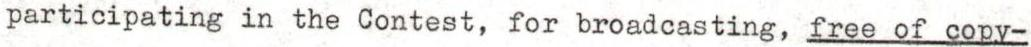
participating in the Contest, for broadcasting, free of copy-